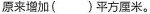
原来增加()平方厘米。